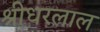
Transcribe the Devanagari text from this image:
श्रीधरलाल